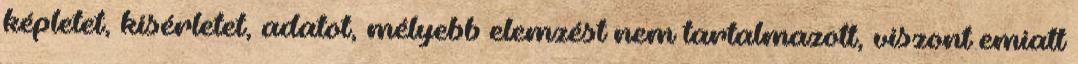
képletet, kísérletet, adatot, mélyebb elemzést nem tartalmazott, viszont emiatt